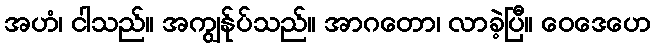
အဟံ၊ ငါသည်။ အကျွန်ုပ်သည်။ အာဂတော၊ လာခဲ့ပြီ။ ဝေဒေဟေ